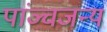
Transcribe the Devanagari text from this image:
पांञ्चजन्य